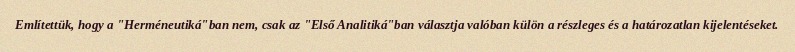
Említettük, hogy a "Herméneutiká"ban nem, csak az "Első Analitiká"ban választja valóban külön a részleges és a határozatlan kijelentéseket.